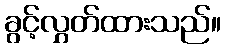
ခွင့်လွှတ်ထားသည်။